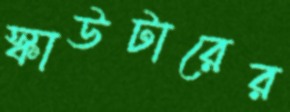
স্কাউটারের